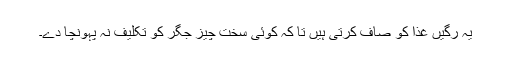
یہ رگیں غذا کو صاف کرتی ہیں تا کہ کوئی سخت چیز جگر کو تکلیف نہ پہونچا دے۔